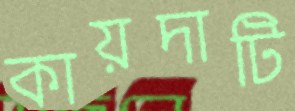
কায়দাটি